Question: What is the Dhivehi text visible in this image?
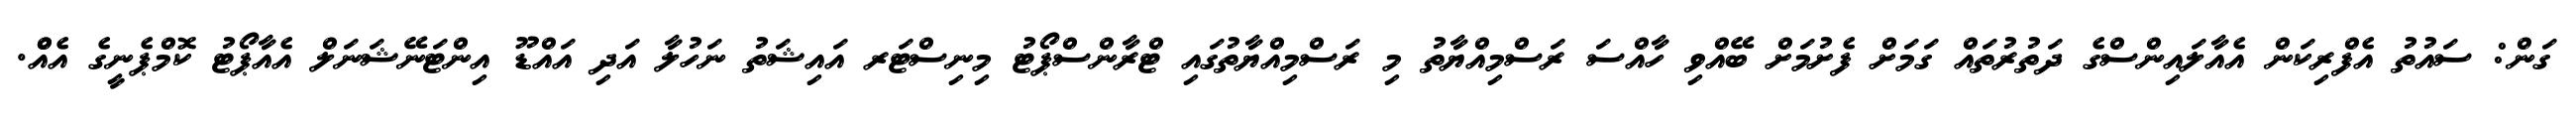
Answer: ގަން: ސައުތު އެފްރިކަން އެއާލައިންސްގެ ދަތުރުތައް ގަމަށް ފެށުމަށް ބޭއްވި ހާއްސަ ރަސްމިއްޔާތު މި ރަސްމިއްޔާތުގައި ޓްރާންސްޕޯޓު މިނިސްޓަރ އައިޝަތު ނަހުލާ އަދި އައްޑޫ އިންޓަނޭޝަނަލް އެއާޕޯޓު ކޮމްޕެނީގެ އެއްް.